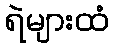
ရဲများထံ